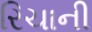
રિચાની